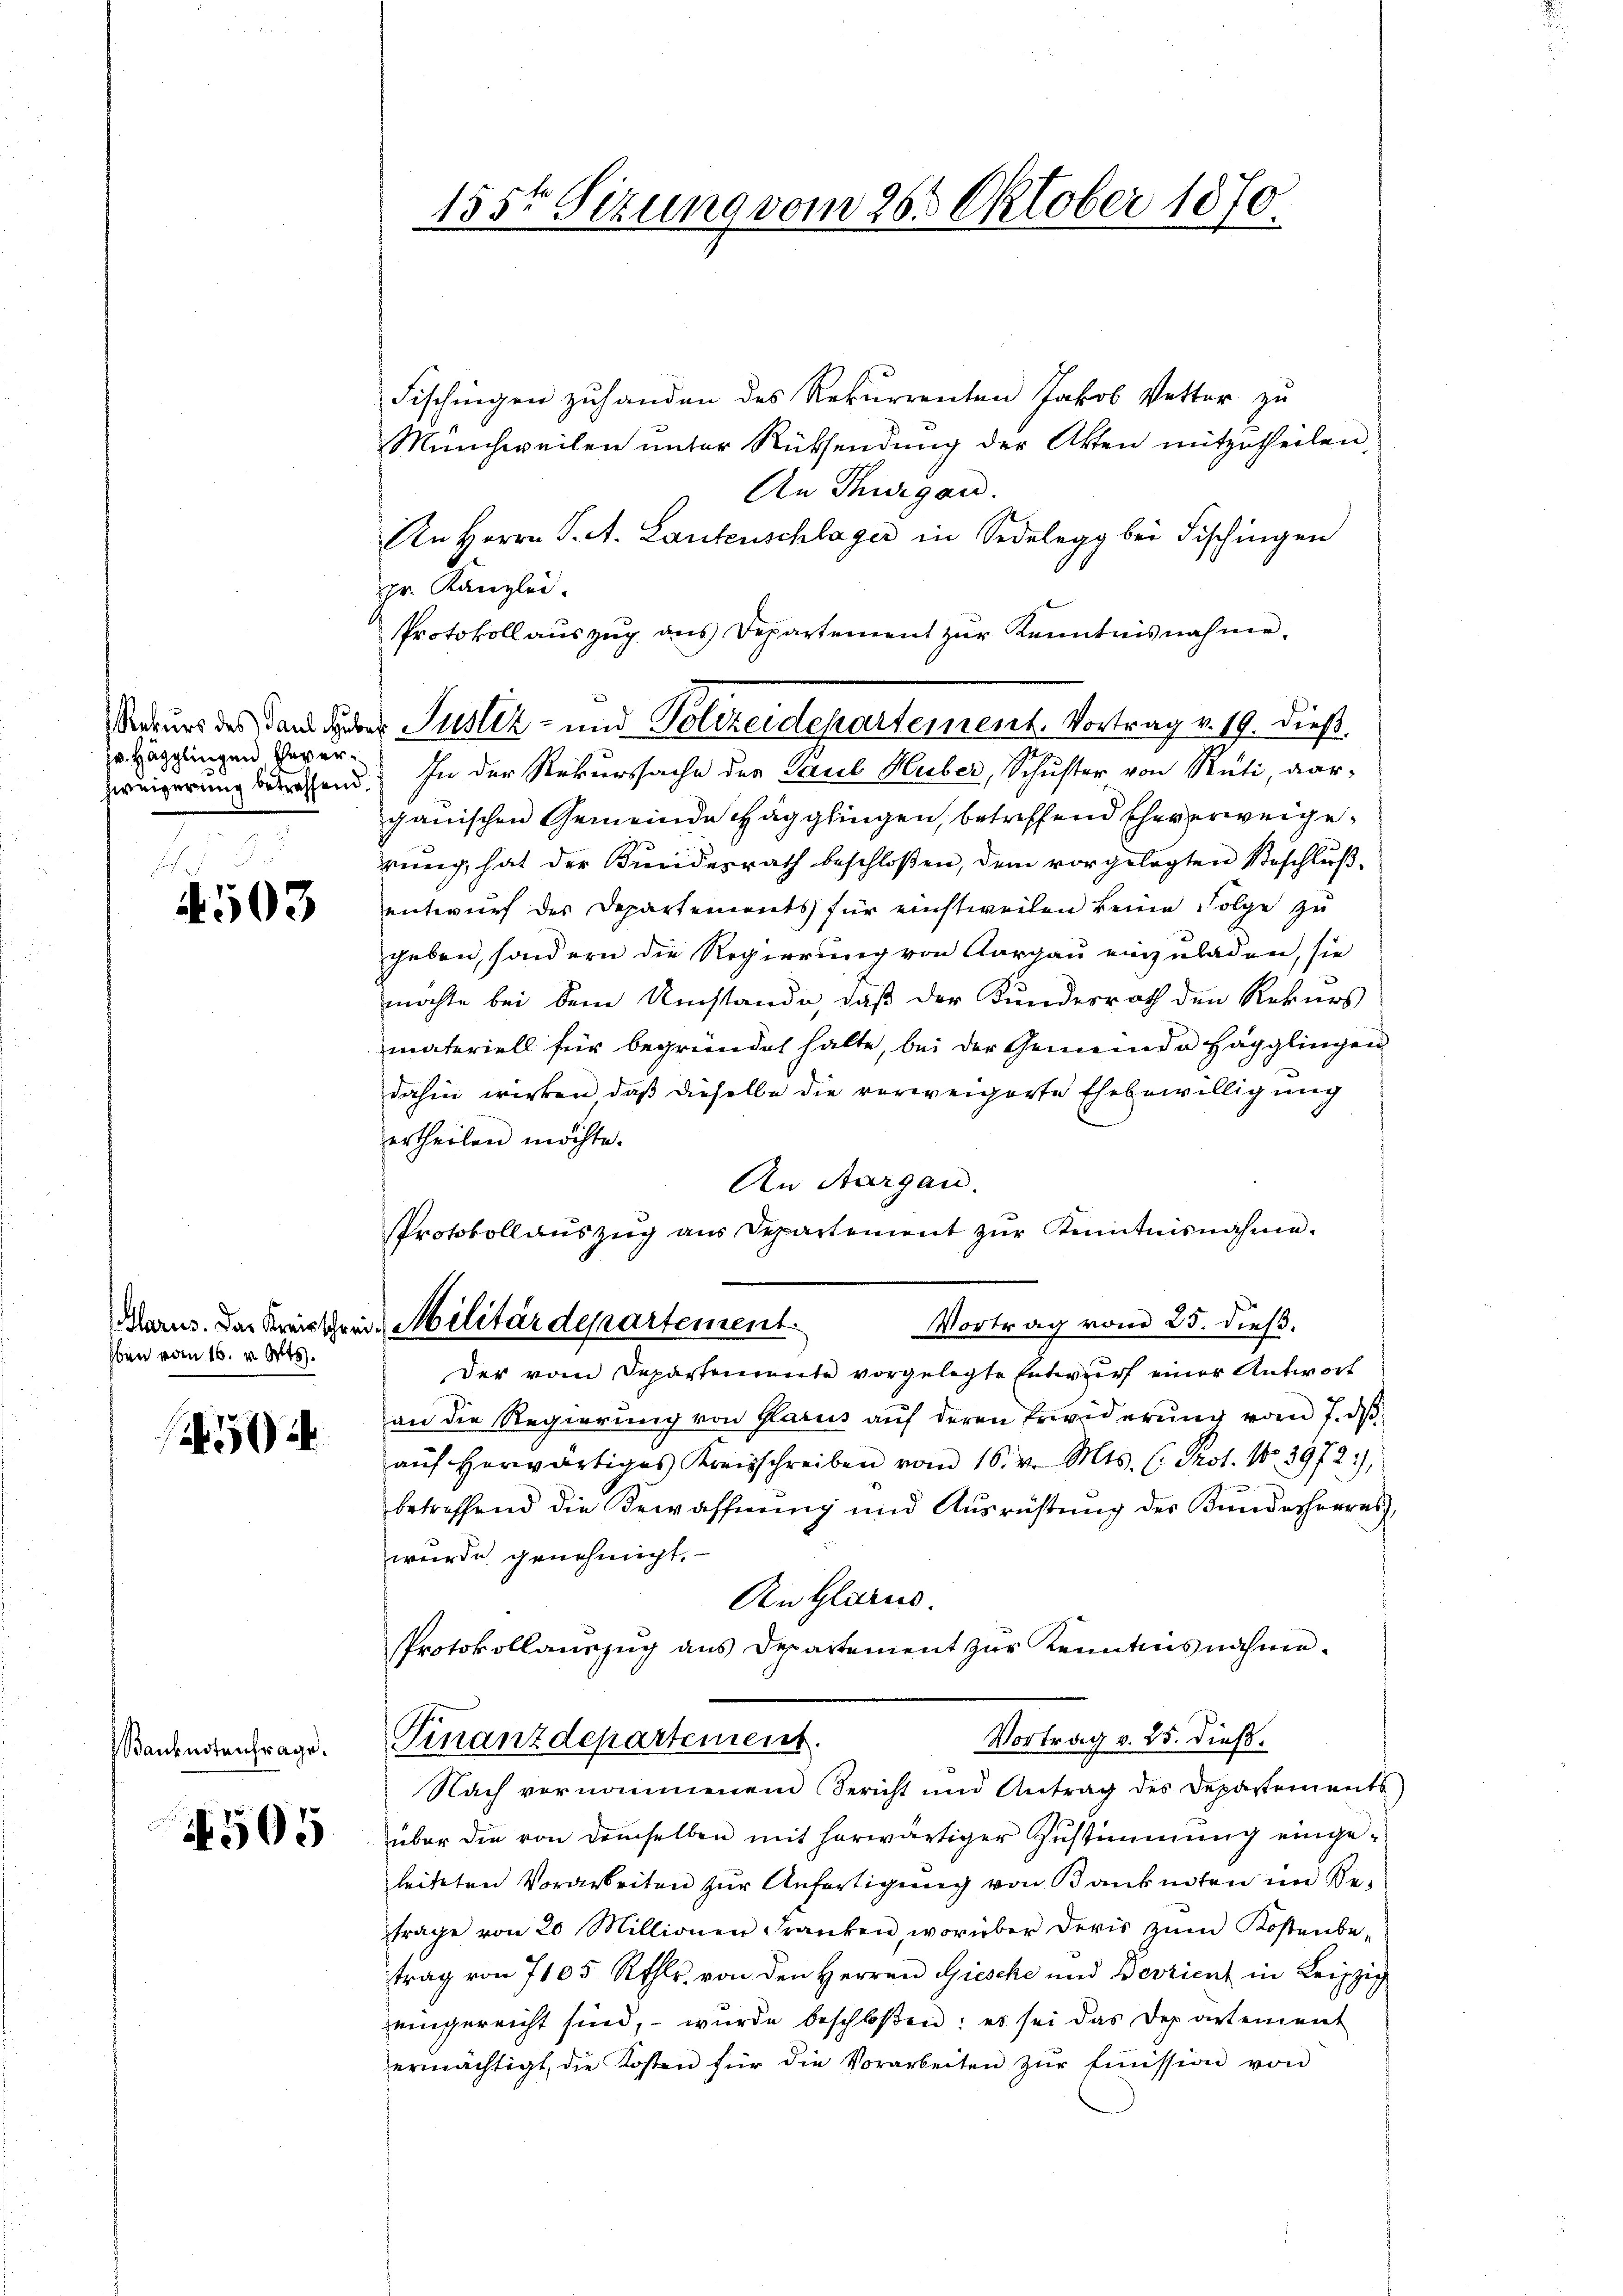
Rekurs des Paul Hub
Hr. Hägglingen Eheverzweigerung betreffend

i
4503

Marus. Das Kreisschen
ben vom 16. v. Mts.

5

Banknotenfrage.

1505

155t Sizung vom 26. Oktober 1870.

Fischingen zuhanden des Rekurrenten Jakob Vetter zu
Münchweilen unter Rüksendung der Akten mitzutheilen
An Thurgau.
An Herrn J. A. Lautenschlager in Sedelegg bei Fischingen
pr. Kanzlei.
Protokoll auszug aus Departement zur Kenntnisnahme,
In der Rekurssache der Paul Huber, Schuster von Rüti, vor-
ganischen Gemeinde Hägglingen, betreffend Eheverweigerung, hat der Breiderrath beschloßen, dem vorgelegten Beschlußentwurf des Departements für einstweilen keine Folge zu
geben, sondern die Regierung von Aargau einzuladen, sie
möchte bei dem Umstande, daß der Kundesrath den Rekurs
materiell für begründet halte, bei der Gemeinde Hägglingen
dahin wirken, daß dieselbe die vorweigerte Ehebewilligung
ertheilen möchte.
An Aargau.
Protokollauszug aus Departement zur Kenntnisnahme.
Vortrag vom 25. dieß.
Militärdepartement.
Der vom Departemente vorgelegte Entwurf einer Antwort
an die Regierŭng von Paris aŭf deren Erwiderŭng vom 7. dβ
aŭf herwärtiges Kreisschreiben vom 16. v. Mts. C. Prot. No. 3972),
betreffend die Bewaffnung und Ausrüstung des Bundesherres
wurde genehmigt.
Zu Glarus.
Protokollauszug aus Departement zur Kenntnis nähme.
Vortrag v. 25. dieß.
Finanzdepartement
Nach vernommenem Bericht und Antrag des Departements
über die von demselben mit herwärtiger Zustimmung eingeleiteten Vorarbeiten zur Anfertigung von Banknoten im Be-
trage von 20 Millionen Franken, worüber deris zŭm Kostenbe-
trag von 7105 Rthlr. von den Herren Giesche und Berzient in Leipzig
eingereicht sind, – wurde beschloßen: es sei das Departement
ermächtigt, die Kosten für die Vorarbeiten zŭr Emission von

Justiz- und Polizeidepartement. Vortrag v. 19. dieß.